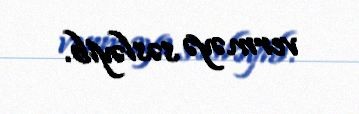
verməyə səsləyib.